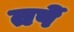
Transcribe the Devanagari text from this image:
तपें